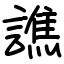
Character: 譙